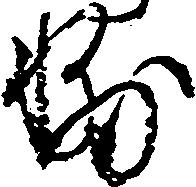
輔